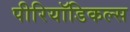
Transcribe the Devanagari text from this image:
पीरियॉडिकल्स